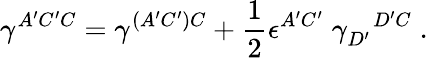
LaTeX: \gamma^{A^{\prime}C^{\prime}C}=\gamma^{(A^{\prime}C^{\prime})C}+{\frac{1}{2}}\epsilon^{A^{\prime}C^{\prime}}\; \gamma_{D^{\prime}}^{\; \; \; D^{\prime}C}\; .